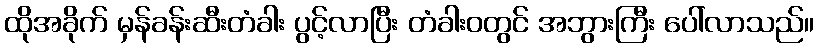
ထိုအခိုက် မှန်ခန်းဆီးတံခါး ပွင့်လာပြီး တံခါးဝတွင် အဘွားကြီး ပေါ်လာသည်။